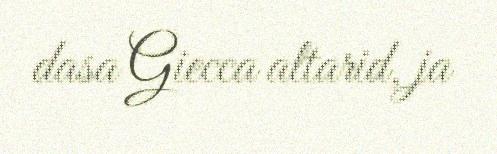
dasa Giecca altarid, ja